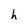
Character: h